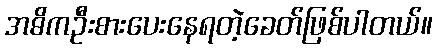
အဓိကဦးစားပေးနေရတဲ့ခေတ်ဖြစ်ပါတယ်။